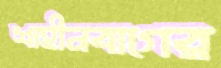
শাহীনবাগের